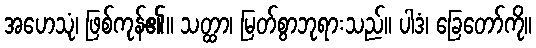
အဟေသုံ၊ ဖြစ်ကုန်၏။ သတ္ထာ၊ မြတ်စွာဘုရားသည်။ ပါဒံ၊ ခြေတော်ကို။